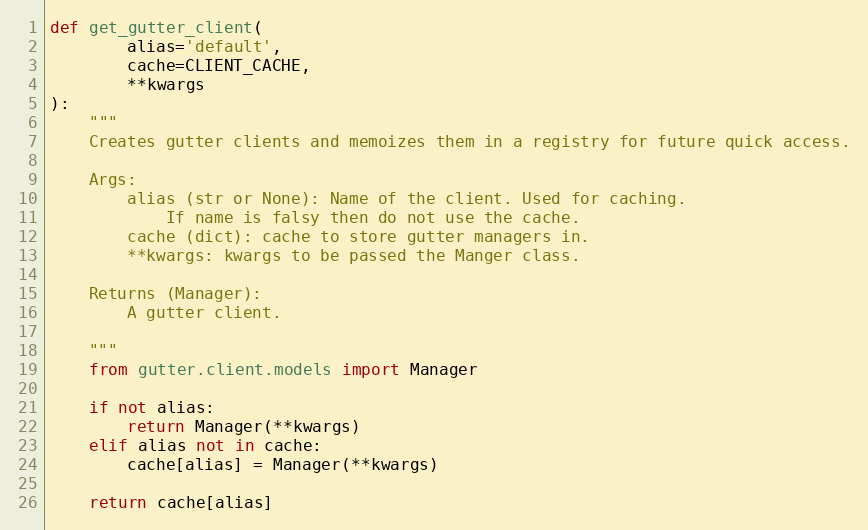
Language: Python
def get_gutter_client(
        alias='default',
        cache=CLIENT_CACHE,
        **kwargs
):
    """
    Creates gutter clients and memoizes them in a registry for future quick access.

    Args:
        alias (str or None): Name of the client. Used for caching.
            If name is falsy then do not use the cache.
        cache (dict): cache to store gutter managers in.
        **kwargs: kwargs to be passed the Manger class.

    Returns (Manager):
        A gutter client.

    """
    from gutter.client.models import Manager

    if not alias:
        return Manager(**kwargs)
    elif alias not in cache:
        cache[alias] = Manager(**kwargs)

    return cache[alias]